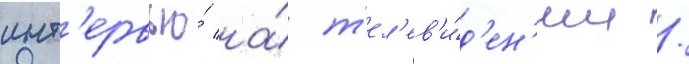
инт'ервью́ на́ т'ел'ев'и́д'ен'ии /